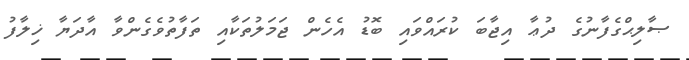
ޞާލިޙްގެފާނުގެ ދުޢާ އިޖާބަ ކުރައްވައި ބޮޑު އެހެން ޖަމަލުތަކާއި ތަފާތުވެގެންވާ އާދަޔާ ޚިލާފު